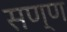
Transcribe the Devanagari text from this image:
सण्ण